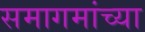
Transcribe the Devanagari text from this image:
समागमांच्या